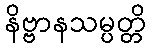
နိဗ္ဗာနသမ္ပတ္တိ